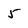
Character: 5